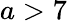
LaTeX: a>7